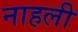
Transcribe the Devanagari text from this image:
नाहली